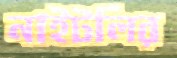
নাইটলির